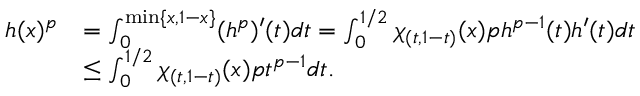
\begin{array} { r l } { h ( x ) ^ { p } } & { = \int _ { 0 } ^ { \operatorname* { m i n } \{ x , 1 - x \} } ( h ^ { p } ) ^ { \prime } ( t ) d t = \int _ { 0 } ^ { 1 / 2 } \chi _ { ( t , 1 - t ) } ( x ) p h ^ { p - 1 } ( t ) h ^ { \prime } ( t ) d t } \\ & { \le \int _ { 0 } ^ { 1 / 2 } \chi _ { ( t , 1 - t ) } ( x ) p t ^ { p - 1 } d t . } \end{array}